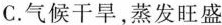
C.气候干旱，蒸发旺盛